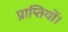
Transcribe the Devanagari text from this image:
प्राप्तियों।